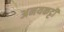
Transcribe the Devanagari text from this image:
अनयकट्टी